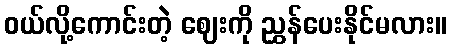
ဝယ်လို့ကောင်းတဲ့ ဈေးကို ညွှန်ပေးနိုင်မလား။